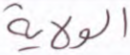
الولاية